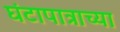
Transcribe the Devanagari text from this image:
घंटापात्राच्या